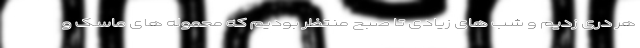
هر دری زدیم و شب های زیادی تا صبح منتظر بودیم که محموله های ماسک و